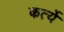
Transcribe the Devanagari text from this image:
कर्त्ये